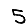
Digit: 5